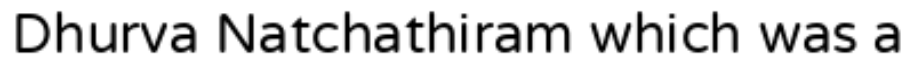
Dhurva Natchathiram which was a